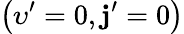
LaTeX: \left(\upsilon^{\prime}=0,\mathbf{j}^{\prime}=0\right)